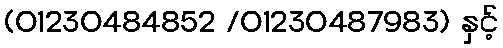
(01230484852 /01230487983) နှင့်